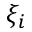
\xi _ { i }